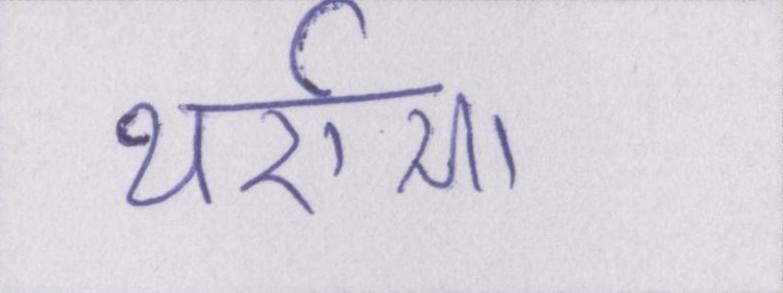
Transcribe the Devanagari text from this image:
थर्राया।